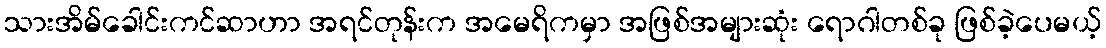
သားအိမ်ခေါင်းကင်ဆာဟာ အရင်တုန်းက အမေရိကမှာ အဖြစ်အများဆုံး ရောဂါတစ်ခု ဖြစ်ခဲ့ပေမယ့်